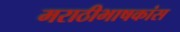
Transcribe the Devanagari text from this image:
मराठीभाषकांस